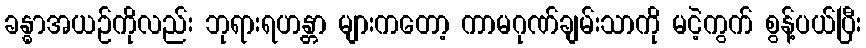
ခန္ဓာအယဉ်ကိုလည်း ဘုရားရဟန္တာ များကတော့ ကာမဂုဏ်ချမ်းသာကို မငဲ့ကွက် စွန့်ပယ်ပြီး